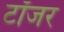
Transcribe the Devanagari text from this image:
टॉजर